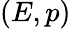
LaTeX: (E,p)